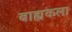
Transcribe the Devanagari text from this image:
बाह्यकला